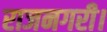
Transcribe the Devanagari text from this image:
राजनगरी।